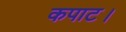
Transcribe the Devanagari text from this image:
कपाट।